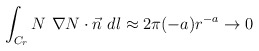
\begin{align*}\int_{C_r} N~\nabla N\cdot \vec n ~dl \approx 2\pi (-a)r^{-a}\rightarrow 0\end{align*}